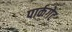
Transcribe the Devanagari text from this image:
पार्कगेट